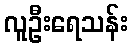
လူဦးရေသန်း